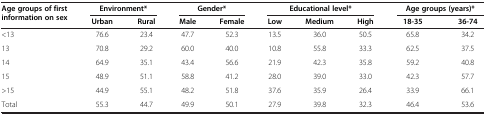
| <ROWSPAN=2> Age groups of first information on sex | <COLSPAN=2> Environment* | <COLSPAN=2> Gender* | <COLSPAN=3> Educational level* | <COLSPAN=2> Age groups (years)* |
 | Urban | Rural | Male | Female | Low | Medium | High | 18-35 | 36-74 |
 | --- | --- | --- | --- | --- | --- | --- | --- | --- | --- |
 | <13 | 76.6 | 23.4 | 47.7 | 52.3 | 13.5 | 36.0 | 50.5 | 65.8 | 34.2 |
 | 13 | 70.8 | 29.2 | 60.0 | 40.0 | 10.8 | 55.8 | 33.3 | 62.5 | 37.5 |
 | 14 | 64.9 | 35.1 | 43.4 | 56.6 | 21.9 | 42.3 | 35.8 | 59.2 | 40.8 |
 | 15 | 48.9 | 51.1 | 58.8 | 41.2 | 28.0 | 39.0 | 33.0 | 42.3 | 57.7 |
 | >15 | 44.9 | 55.1 | 48.2 | 51.8 | 37.6 | 35.9 | 26.4 | 33.9 | 66.1 |
 | Total | 55.3 | 44.7 | 49.9 | 50.1 | 27.9 | 39.8 | 32.3 | 46.4 | 53.6 |